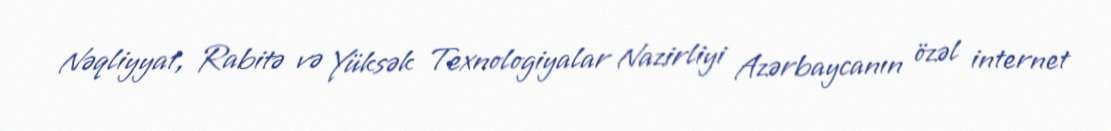
Nəqliyyat, Rabitə və Yüksək Texnologiyalar Nazirliyi Azərbaycanın özəl internet